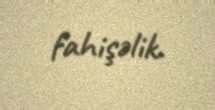
fahişəlik.